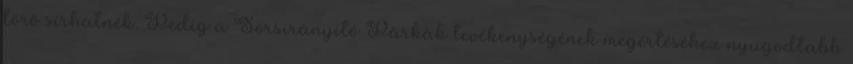
törõ sírhatnék. Pedig a Sorsirányító Párkák tevékenységének megértéséhez nyugodtabb